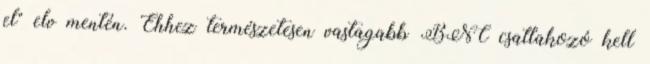
el" elv mentén. Ehhez természetesen vastagabb BNC csatlakozó kell